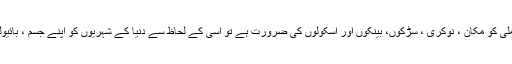
آج کل کے ماڈرن زمانے میں‌ جب ایک فیملی کو مکان ، نوکری ، سڑکوں‌، بینکوں‌ اور اسکولوں‌ کی ضرورت ہے تو اسی کے لحاظ سے دنیا کے شہریوں‌ کو اپنے جسم ، بائیولوجی اور صحت کے بارے میں‌ جاننا ہوگا۔